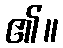
၏။